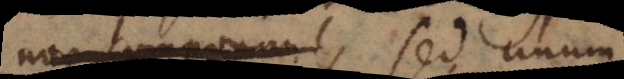
non componunt, sed unum